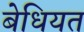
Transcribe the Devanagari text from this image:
बेधियत